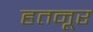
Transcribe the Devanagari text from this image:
हतनूर